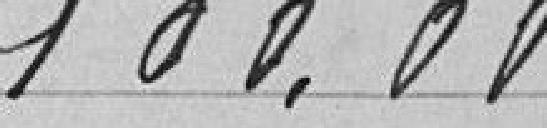
100,00